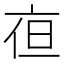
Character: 亱